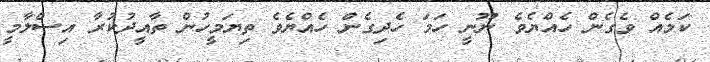
ކަމެއް ވެގެން ހެއްޔެވެ ނޫނީ ހަމަ ހެދިގެން ހެއްޔެވެ ތިޔަމީހުން ތާއީދުކުރާ އިސްލާމީ